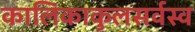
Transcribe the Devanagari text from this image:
कालिकाकुलसर्वस्व